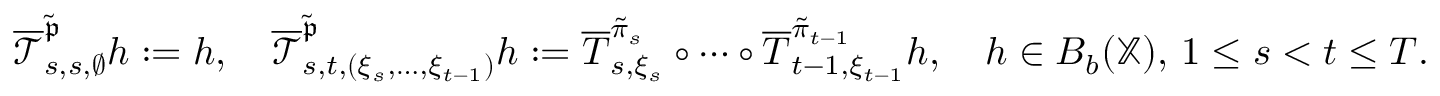
\begin{array} { r } { \overline { { \mathcal { T } } } _ { s , s , \emptyset } ^ { \tilde { \mathfrak { p } } } h : = h , \quad \overline { { \mathcal { T } } } _ { s , t , ( \xi _ { s } , \dots , \xi _ { t - 1 } ) } ^ { \tilde { \mathfrak { p } } } h : = \overline { { T } } _ { s , \xi _ { s } } ^ { \tilde { \pi } _ { s } } \circ \cdots \circ \overline { { T } } _ { t - 1 , \xi _ { t - 1 } } ^ { \tilde { \pi } _ { t - 1 } } h , \quad h \in B _ { b } ( \mathbb { X } ) , \, 1 \le s < t \le T . } \end{array}